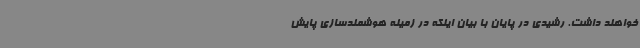
خواهند داشت. رشیدی در پایان با بیان اینکه در زمینه هوشمندسازی پایش